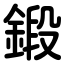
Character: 鍛